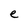
Character: e